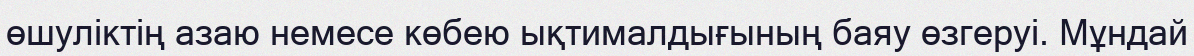
өшуліктің азаю немесе көбею ықтималдығының баяу өзгеруі. Мұндай